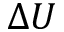
\Delta U